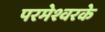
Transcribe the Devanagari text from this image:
परमेश्वरके